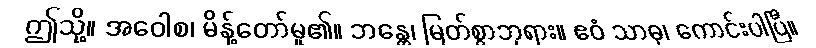
ဤသို့။ အဝေါစ၊ မိန့်တော်မူ၏။ ဘန္တေ၊ မြတ်စွာဘုရား။ ဧဝံ သာဓု၊ ကောင်းပါပြီ။